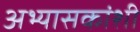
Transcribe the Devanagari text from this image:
अभ्यासकांशी